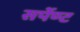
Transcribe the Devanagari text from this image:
सर्पेण्ट